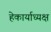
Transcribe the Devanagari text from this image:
हेकार्याध्यक्ष